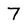
Character: 7